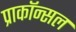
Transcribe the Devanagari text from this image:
प्राकॉन्सल